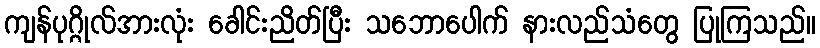
ကျန်ပုဂ္ဂိုလ်အားလုံး ခေါင်းညိတ်ပြီး သဘောပေါက် နားလည်သံတွေ ပြုကြသည်။